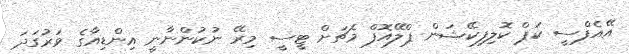
އޭއެފްސީ ކަޕް ކޮލިފިކޭޝަން ޕްލޭއޮފް މެޗަށް ޓީސީ މިރޭ ނުކުންނާނީ އިންޑިއާގެ ވަރުގަދަ